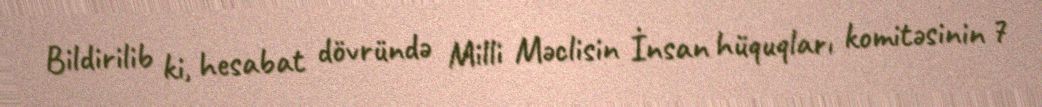
Bildirilib ki, hesabat dövründə Milli Məclisin İnsan hüquqları komitəsinin 7